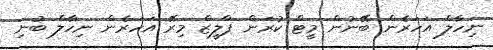
ނިހާލް އަހަރެން ބޭނުން މީޓް ކުރަން ޕްލީޒް މިރޭ އަހަރެން ނިހާލް ބުނި